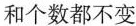
和个数都不变